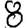
Digit: 8